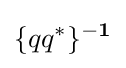
\lbrace qq^{*}\rbrace ^{-\mathbf {1} }